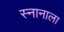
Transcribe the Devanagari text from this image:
स्नानाला